Vaccination in Bombay 1902-1912 - 1902-1912
Year: 1902
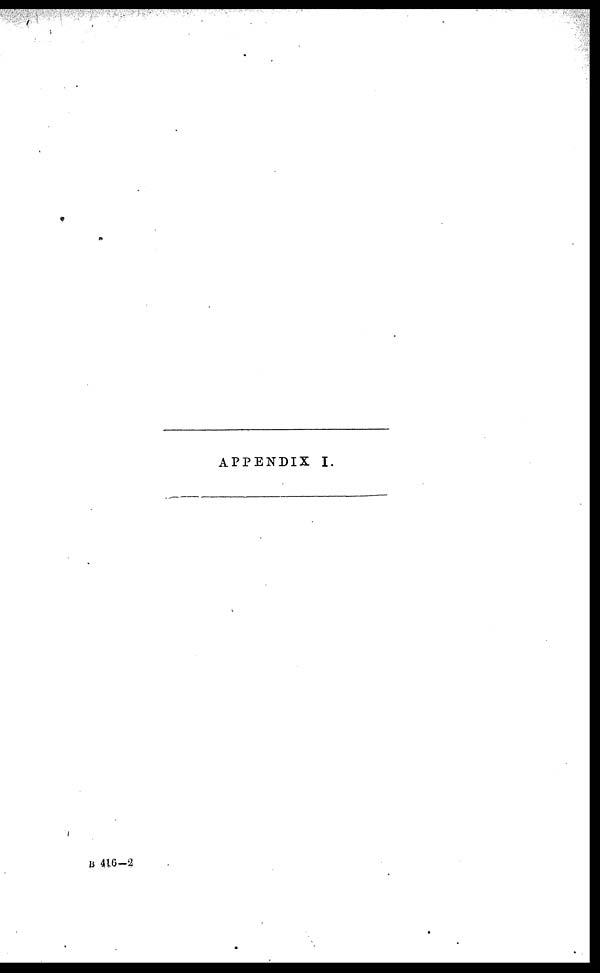
APPENDIX I.
B 416—2